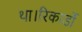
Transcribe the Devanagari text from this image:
था।रिकार्डो